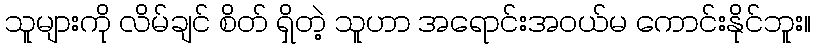
သူများကို လိမ်ချင် စိတ် ရှိတဲ့ သူဟာ အရောင်းအဝယ်မ ကောင်းနိုင်ဘူး။